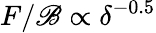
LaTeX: F/\mathscr{B}\propto\delta^{-0.5}